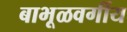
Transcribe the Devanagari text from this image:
बाभूळवर्गीय